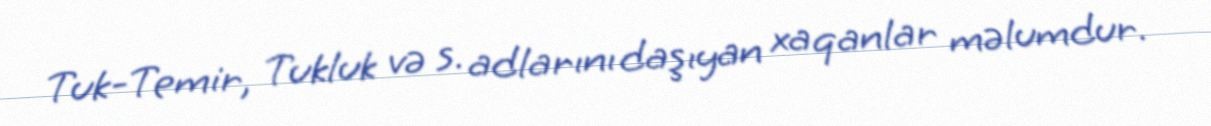
Tuk-Temir, Tukluk və s. adlarını daşıyan xaqanlar məlumdur.